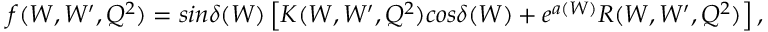
f ( W , W ^ { \prime } , Q ^ { 2 } ) = s i n \delta ( W ) \left[ K ( W , W ^ { \prime } , Q ^ { 2 } ) c o s \delta ( W ) + e ^ { a ( W ) } R ( W , W ^ { \prime } , Q ^ { 2 } ) \right] ,